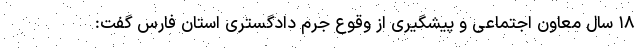
۱۸ سال معاون اجتماعی و پیشگیری از وقوع جرم دادگستری استان فارس گفت: